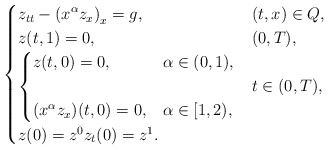
\begin{align*}\begin{cases}z_{tt}- \displaystyle \left(x^\alpha z_{x} \right)_x=g, & (t,x)\in Q,\\z(t,1)=0,& (0,T),\\\begin{cases}z(t,0)=0, & \alpha \in (0,1),\\& \\(x^\alpha z_{ x})(t,0)=0,& \alpha \in [1,2),\end{cases} & t\in (0,T), \\z(0)=z^0 z_{t} (0)=z^1.\end{cases}\end{align*}